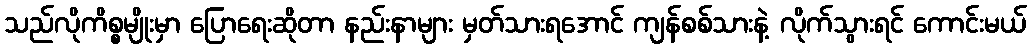
သည်လိုကိစ္စမျိုးမှာ ပြောရေးဆိုတာ နည်းနာများ မှတ်သားရအောင် ကျန်စစ်သားနဲ့ လိုက်သွားရင် ကောင်းမယ်